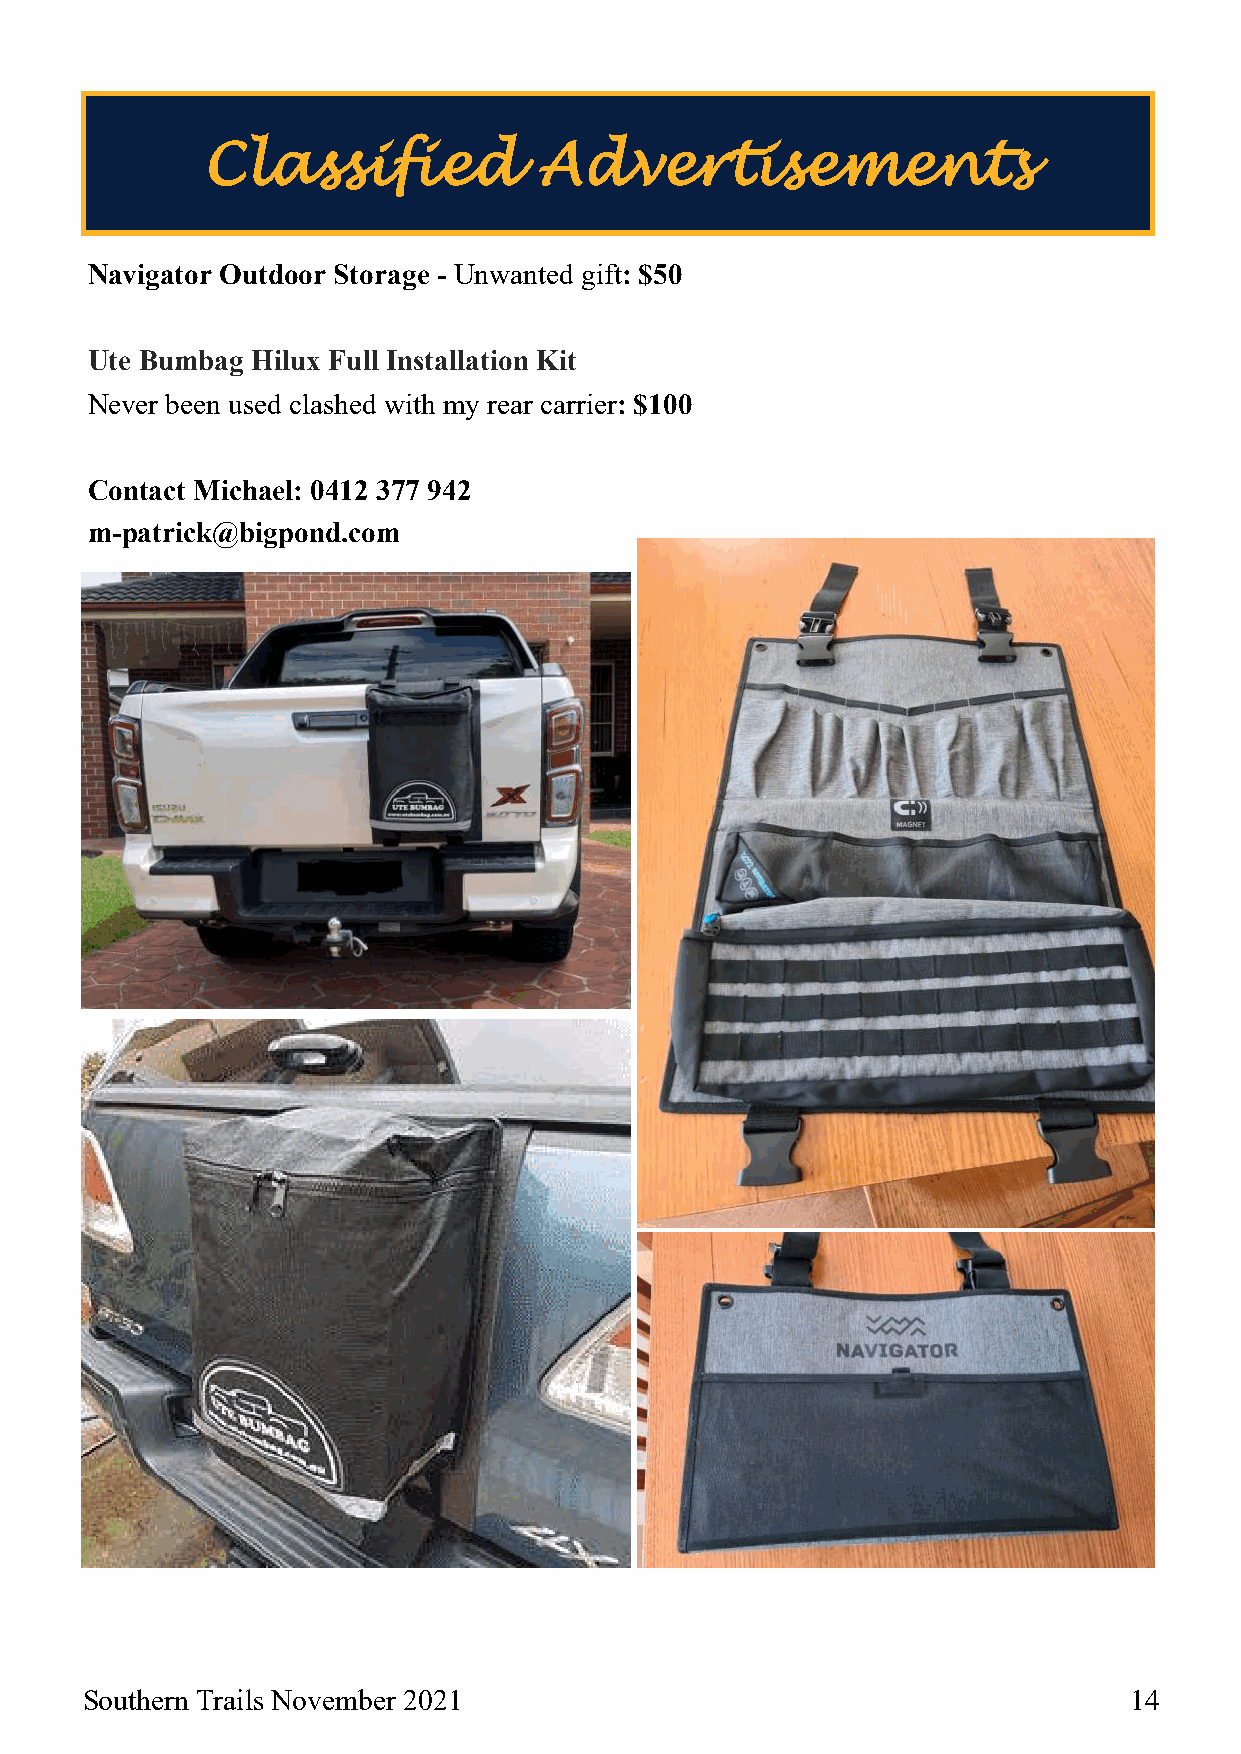
Classified             Advertisements
 Navigator Outdoor Storage - Unwanted gift: $50
 Ute Bumbag Hilux Full Installation Kit
 Never been used clashed with my rear carrier: $100
 Contact Michael: 0412 377 942
 m-patrick@bigpond.com
 Southern Trails November 2021                                         14